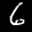
Label: 6